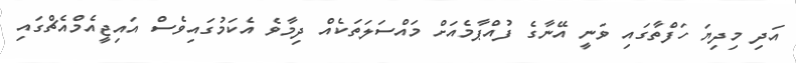
އަދި މިދިޔަ ހަފްތާގައި ވަނީ އޭނާގެ ފުއްޕާމެއަށް މައްސަލަތަކެއް ދިމާވެ އެކަމުގައިވެސް އައިޖީއެމްއެޗްގައި